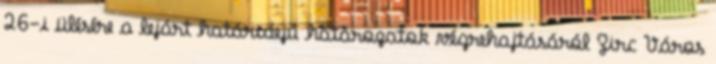
26-i ülésére a lejárt határidejű határozatok végrehajtásáról Zirc Város